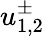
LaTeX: u_{1,2}^{\pm}